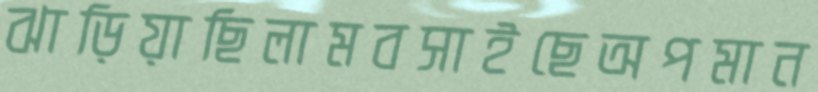
ঝাড়িয়াছিলামবসাইছেঅপমান